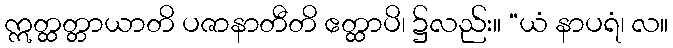
ဣတ္ထတ္တာယာတိ ပဇာနာတီတိ ဧတ္ထာပိ၊ ၌လည်း။ “ယံ နာပရံ၊ လ။